Report on plague and inoculation in the Punjab from October 1st ... to September 30th..., being the ... season of plague in the province
Disease focus: Plague
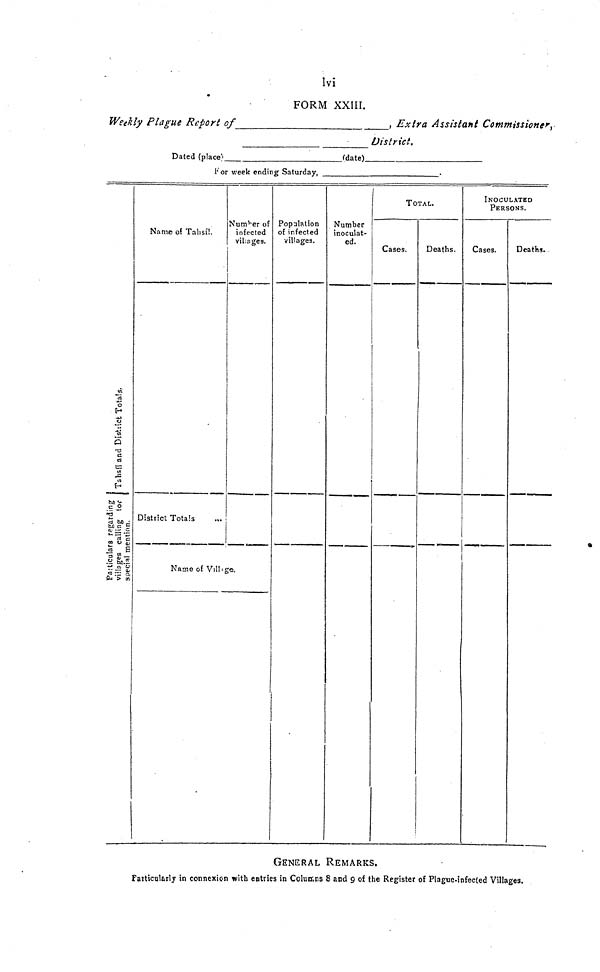
lvi
FORM XXIII.
Weekly Plague Report of
, Extra Assistant Commissioner,
District.
Dated (place)
(date)
For week ending Saturday,
.
Tahsil and District Totals.
Particulars regarding Villages calling for special mention.
Name of Tahsil.
District Totals
Number of
infected
villages.
Name of Village,
Population
of infected
villages.
Number
inoculat-
ed.
TOTAL.
Cases.
Deaths.
INOCULATED
PERSONS.
Cases.
Deaths.
GENERAL REMARKS.
Particularly in connexion with entries in Columns 8 and 9 of the Register of Plague-infected Villages.